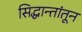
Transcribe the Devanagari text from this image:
सिद्धान्तांतून